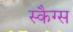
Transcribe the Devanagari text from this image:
स्कैग्स